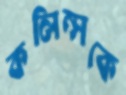
কলিন্সকে